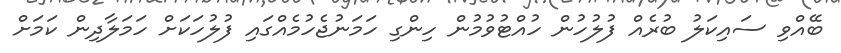
ބޭއްވި ސައިކަލު ބުރެއް ފުލުހުން ހުއްޓުވުމުން ހިންގި ހަމަނުޖެހުމެއްގައި ފުލުހަކަށް ހަމަލާދިން ކަމަށް